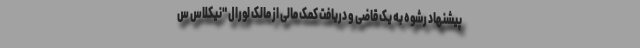
پیشنهاد رشوه به یک قاضی و دریافت کمک مالی از مالک لورال "نیکلاس س